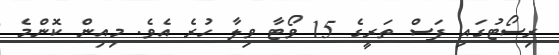
ރިސޯޓުގައި ފަސް ތަރީގެ 15 ވޯޓާ ވިލާ ހުރެ އެވެ. މިއިން ކޮންމެ